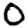
Digit: 0